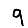
Digit: 9